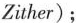
Zither)；